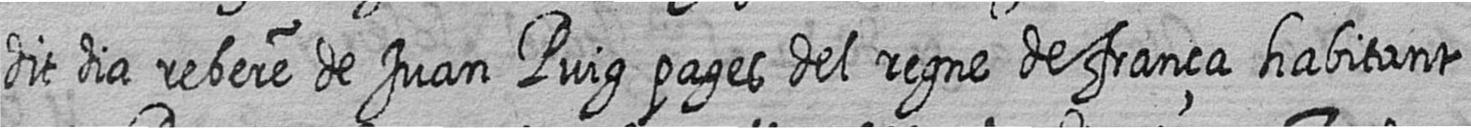
dit dia rebere de Juan Puig pages del regne de frança habitant